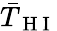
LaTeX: \bar{T}_{\mathrm{~H~I~}}